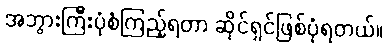
အဘွားကြီးပုံစံကြည့်ရတာ ဆိုင်ရှင်ဖြစ်ပုံရတယ်။